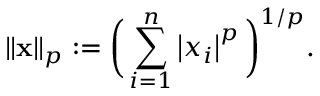
\left\| \mathbf { x } \right\| _ { p } : = { \bigg ( } \sum _ { i = 1 } ^ { n } \left| x _ { i } \right| ^ { p } { \bigg ) } ^ { 1 / p } .